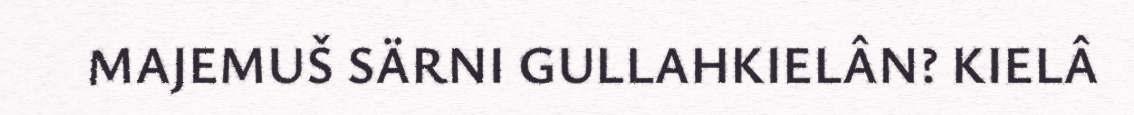
MAJEMUŠ SÄRNI GULLAHKIELÂN? KIELÂ